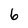
Character: 6